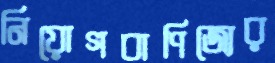
নিয়োগবাণিজ্যের